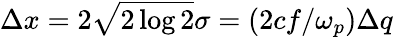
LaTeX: \Delta x=2\sqrt{2\log 2}\sigma=(2cf/\omega_{p})\Delta q